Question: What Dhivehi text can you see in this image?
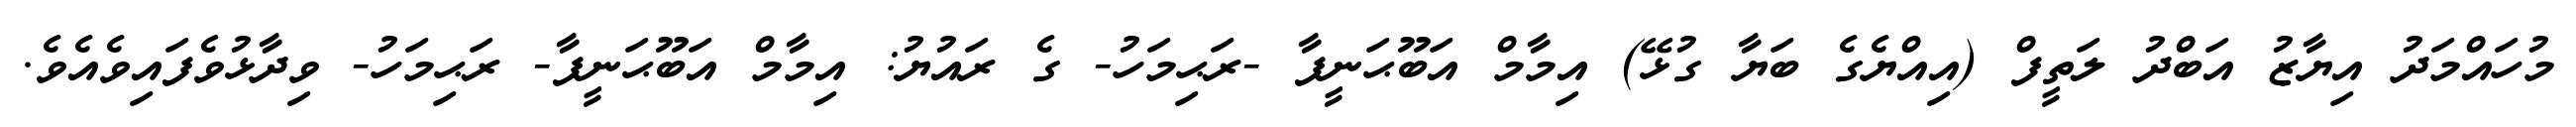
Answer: މުހައްމަދު އިޔާޒު އަބްދު ލަތީފް (އިއްޔެގެ ބަޔާ ގުޅޭ) އިމާމް އަބޫޙަނީފާ -ރަޙިމަހު- ގެ ރައުޔު: އިމާމް އަބޫޙަނީފާ- ރަޙިމަހު- ވިދާޅުވެފައިވެއެވެ.